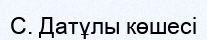
С. Датұлы көшесі